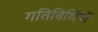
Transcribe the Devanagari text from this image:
गतिविधिंयों